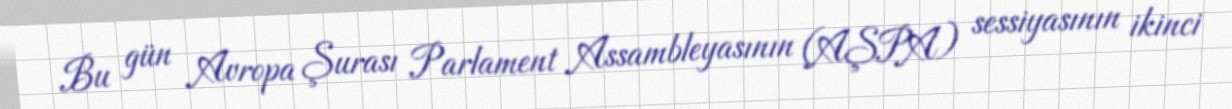
Bu gün Avropa Şurası Parlament Assambleyasının (AŞPA) sessiyasının ikinci